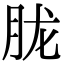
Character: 胧